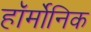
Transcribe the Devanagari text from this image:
हॉर्मोनिक